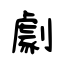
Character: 劇